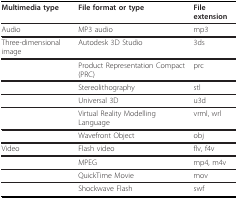
<table><thead><tr><td><b>Multimedia type</b></td><td><b>File format or type</b></td><td><b>File extension</b></td></tr></thead><tbody><tr><td>Audio</td><td>MP3 audio</td><td>mp3</td></tr><tr><td>Three-dimensional image</td><td>Autodesk 3D Studio</td><td>3ds</td></tr><tr><td></td><td>Product Representation Compact (PRC)</td><td>prc</td></tr><tr><td></td><td>Stereolithography</td><td>stl</td></tr><tr><td></td><td>Universal 3D</td><td>u3d</td></tr><tr><td></td><td>Virtual Reality Modelling Language</td><td>vrml, wrl</td></tr><tr><td></td><td>Wavefront Object</td><td>obj</td></tr><tr><td>Video</td><td>Flash video</td><td>flv, f4v</td></tr><tr><td></td><td>MPEG</td><td>mp4, m4v</td></tr><tr><td></td><td>QuickTime Movie</td><td>mov</td></tr><tr><td></td><td>Shockwave Flash</td><td>swf</td></tr></tbody></table>